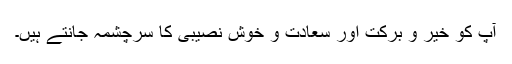
آپ کو خیر و برکت اور سعادت و خوش نصیبی کا سرچشمہ جانتے ہیں۔